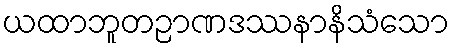
ယထာဘူတဉာဏဒဿနာနိသံသော